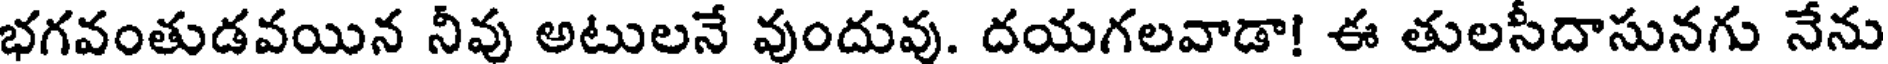
భగవంతుడవయిన నీవు అటులనే వుందువు. దయగలవాడా! ఈ తులసీదాసునగు నేను